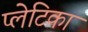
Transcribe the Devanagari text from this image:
प्लेटिका